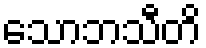
သောဘသီတိ